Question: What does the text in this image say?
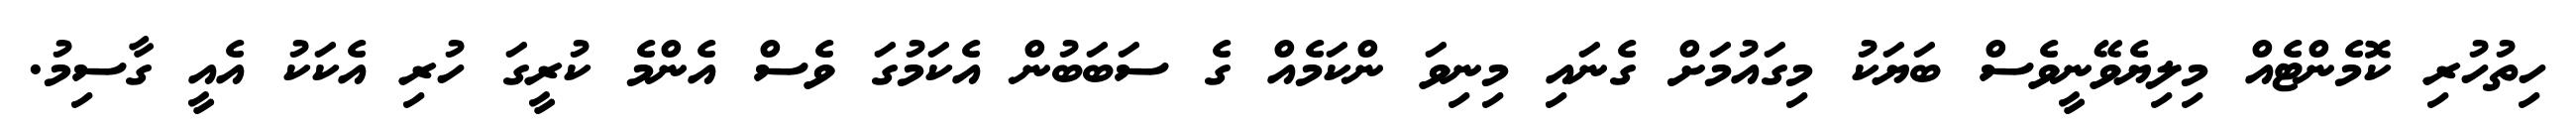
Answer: ހިތުހުރި ކޮމެންޓެއް މިލިޔެވޭނީވެސް ބަޔަކު މިގައުމަށް ގެނައި މިނިވަ ންކަމެއް ގެ ސަބަބުން އެކަމުގަ ވެސް އެންމެ ކުރީގަ ހުރި އެކަކު އެއީ ގާސިމު.